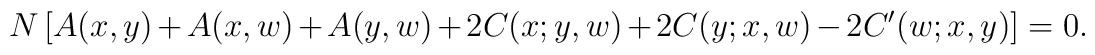
N \, \bigl[ A(x,y) + A(x,w) + A(y,w) + 2 C(x;y,w) + 2 C(y;x,w) - 2 C'(w;x,y)  \bigr]=0 .